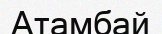
Атамбай